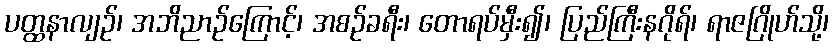
ပတ္ထနာလျဉ်၊ အဘိညာဉ်ကြောင့်၊ အစဉ်ခရီး၊ တောရပ်မှီး၍၊ ပြည်ကြီးနဂိုရ်၊ ရာဇဂြိုဟ်သို့၊